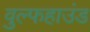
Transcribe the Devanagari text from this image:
वुल्फहाउंड